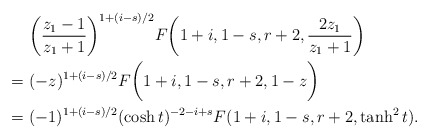
\begin{align*} &~\bigg(\frac{z_1-1}{z_1+1}\bigg)^{1+(i-s)/2}F\bigg(1+i, 1-s, r+2, \frac{2z_1}{z_1+1}\bigg)\\=&~(-z)^{1+(i-s)/2}F\bigg(1+i, 1-s, r+2, 1-z\bigg)\\=&~(-1)^{1+(i-s)/2} (\cosh t)^{-2-i+s}F(1+i, 1-s, r+2, \tanh^2 t).\end{align*}